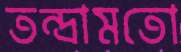
তন্দ্রামতো